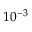
1 0 ^ { - 3 }